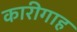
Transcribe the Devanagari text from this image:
कारीगाह